Document type: Sale
Year: 1235
Scribe: Pere de Bages
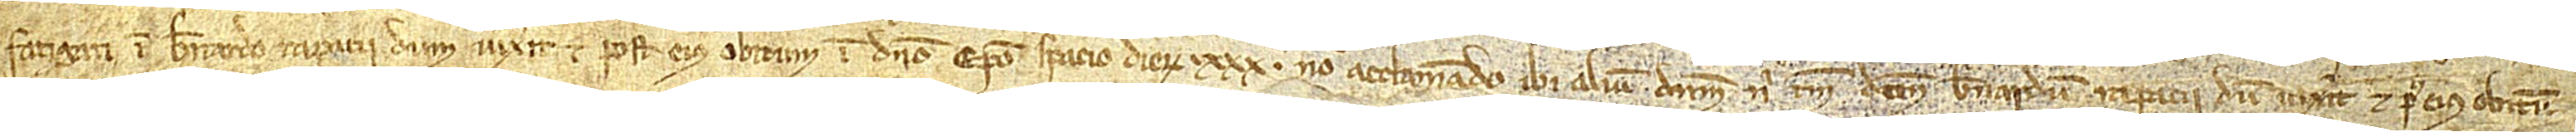
fatigati in Bernardo Rapacii dum vixerit, et post eius obitum in domino episcopo, spacio dierum XXX, non acclamando ibi alium dominum nisi tamen dictum Bernardum Rapacii dum vixerit, et post eius obitum